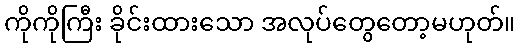
ကိုကိုကြီး ခိုင်းထားသော အလုပ်တွေတော့မဟုတ်။